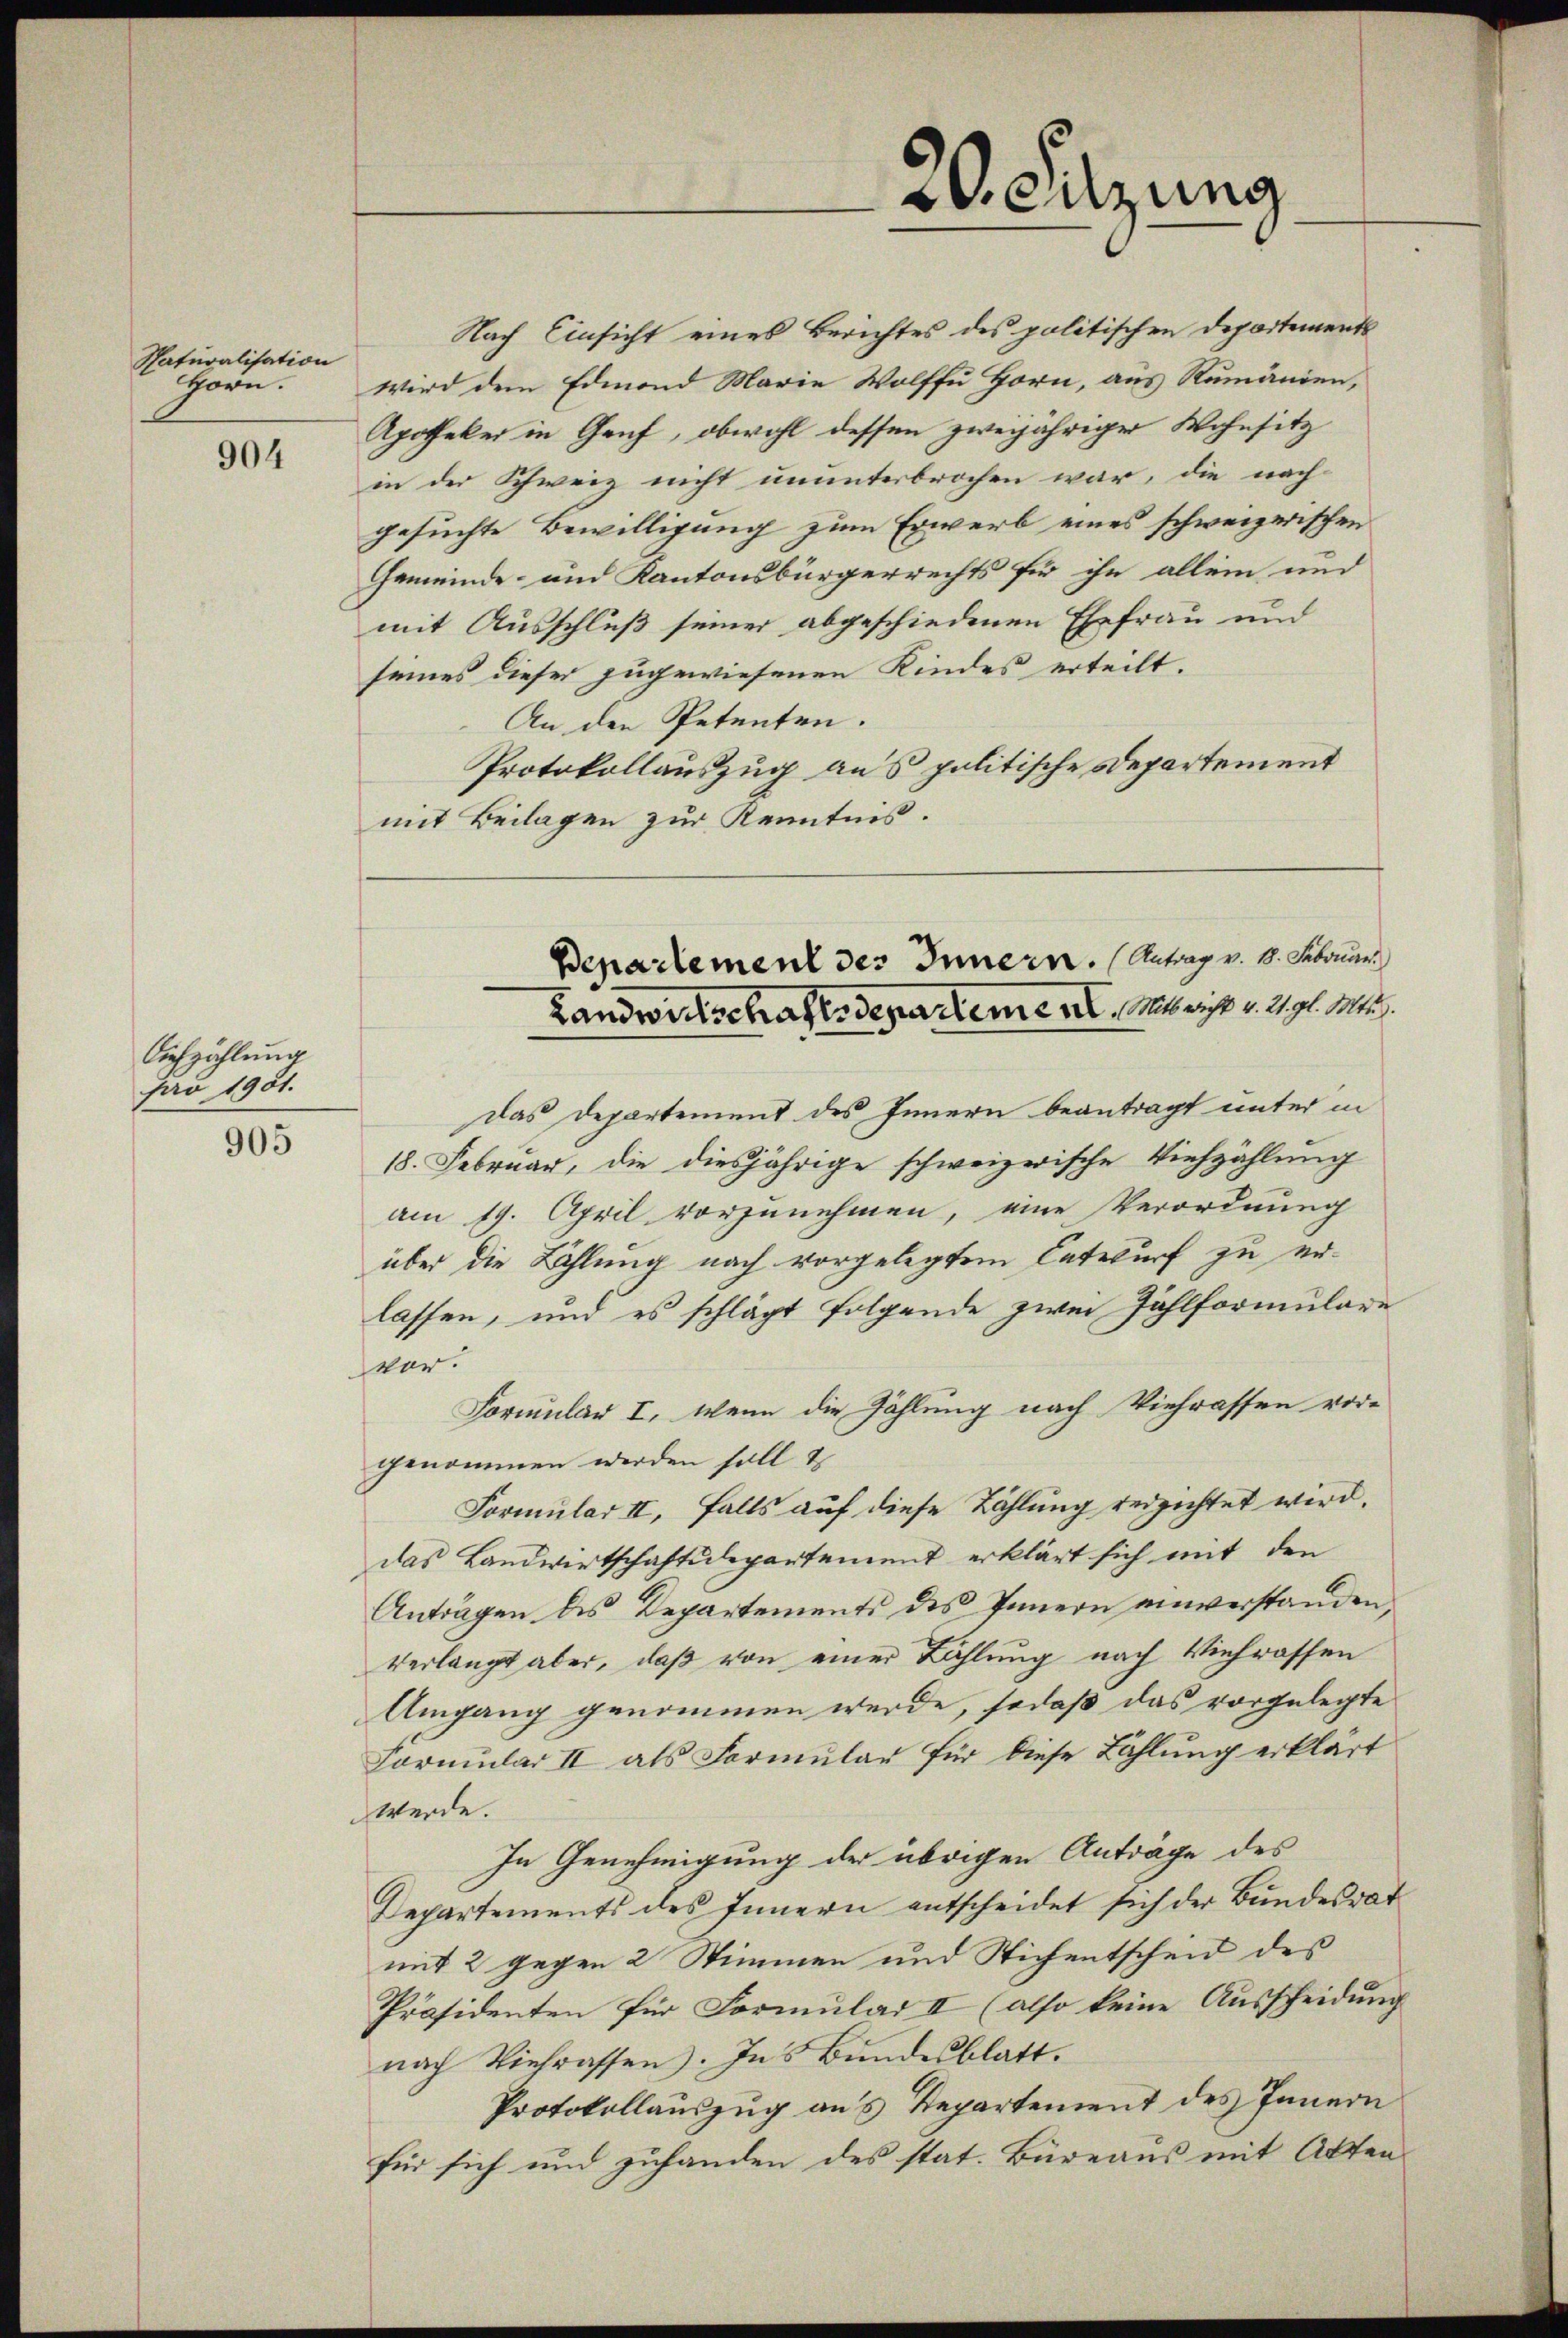
Naturalisation
Horn.

904

Aufzählung
pro 1901.

905

Nach Einsicht eines Berichtes des politischen Departements
wird dem Edmond Marie Wolffu Horn, aus Rumänien,
Apotheker in Genf, obwohl dessen zweijähriger Wohnsitz
in der Schweiz nicht ununterbrochen war, die nach-
gesuchte Bewilligung zum Erwerb eines schweizerischen
Gemeinde- und Kantonsbürgerrechts für ihn allein und
mit Ausschluß seiner abgeschiedenen Ehefrau und
seines dieser zugewiesenen Kindes erteilt.
An den Spetenten.
Protokollauszug aus politische Departement
mit Beilagen zur Kenntnis.

20. Sitzung

Bepartement des Innern. (Antrag v. 8. Februar
Landwirtschaftsdepartement, Minist v. 2. gl. Mts.

das Departement des Innern beantragt unter in
18. Februar, die diesjährige schweizerische Viehzählung
am 19. April vorzunehmen, eine Verordnung
über die Zählung nach vorgelegtem Entwurf zu erlassen, und es schlägt folgende zwei Zahlformulare
ver.
Formular I, wenn die Zahlung nach Viehrassen vor-
genommen werden soll &
Formular II, falls auf diese Zählung verzichtet wird.
das Landwirtschaftsdepartement erklärt sich mit den
Antragen des Departements des Innern einverstanden,
verlangt aber, daß von einer Zählung nach Viehrassen
Umgang genommen werde, sodaß das vorgelegte
Formular II als Formular für diese Zählung erklärt
werde.
In Genehmigung der übrigen Anträge des
Departements des Innern entscheidet sich der Bundesrat
mit 2 gegen 2 Stimmen und Stichentscheid des
Präsidenten für Formular II (also keine Ausscheidung
nach Viehrassen. Ins Bundesblatt.
Protokollauszug aus Departement des Innern
für sich und zuhanden des stat. Büreaus mit Akten